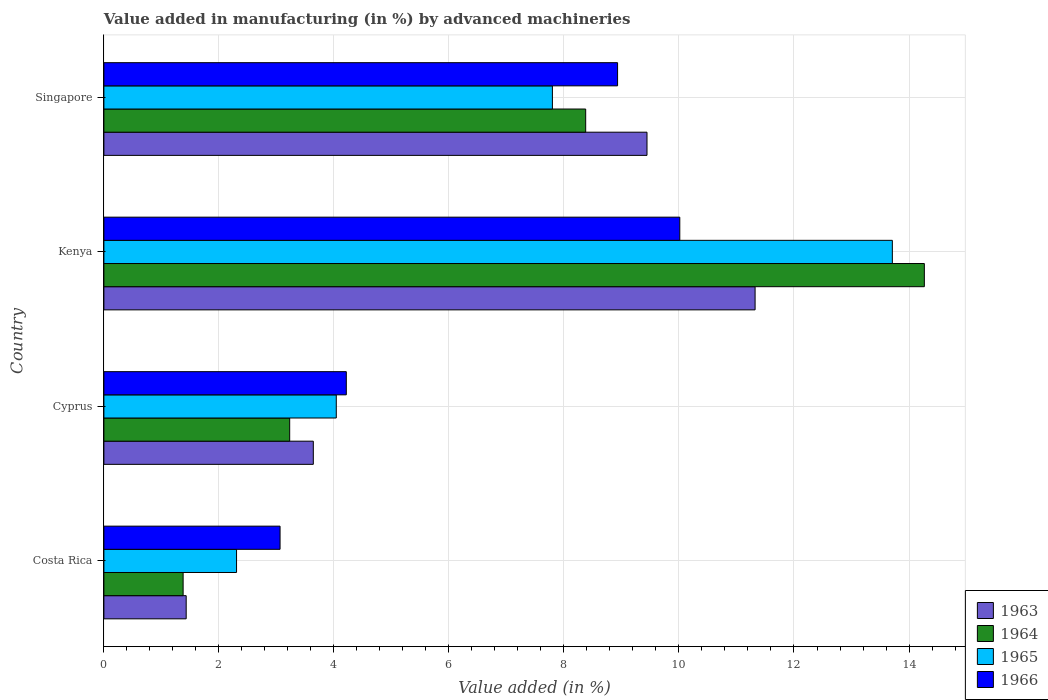
| Country | 1963 | 1964 | 1965 | 1966 |
 | --- | --- | --- | --- | --- |
 | Costa Rica | 1.43 | 1.38 | 2.31 | 3.06 |
 | Cyprus | 3.64 | 3.23 | 4.04 | 4.22 |
 | Kenya | 11.3 | 14.3 | 13.7 | 10 |
 | Singapore | 9.44 | 8.38 | 7.8 | 8.93 |